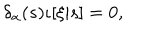
LaTeX: \delta _ { \alpha } ( s ) \iota [ \xi | s ] = 0 ,